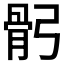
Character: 𩨙